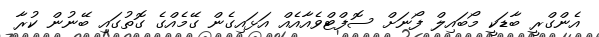
އެންގްރީ ބާޑަކީ މޯބައިލް ފޯނަށް ސޮފްޓްވެއާއެއް އަޅައިގެން ގޭމެއްގެ ގޮތުގައި ބޭނުން ކުރާ